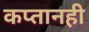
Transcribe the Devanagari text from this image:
कप्तानही